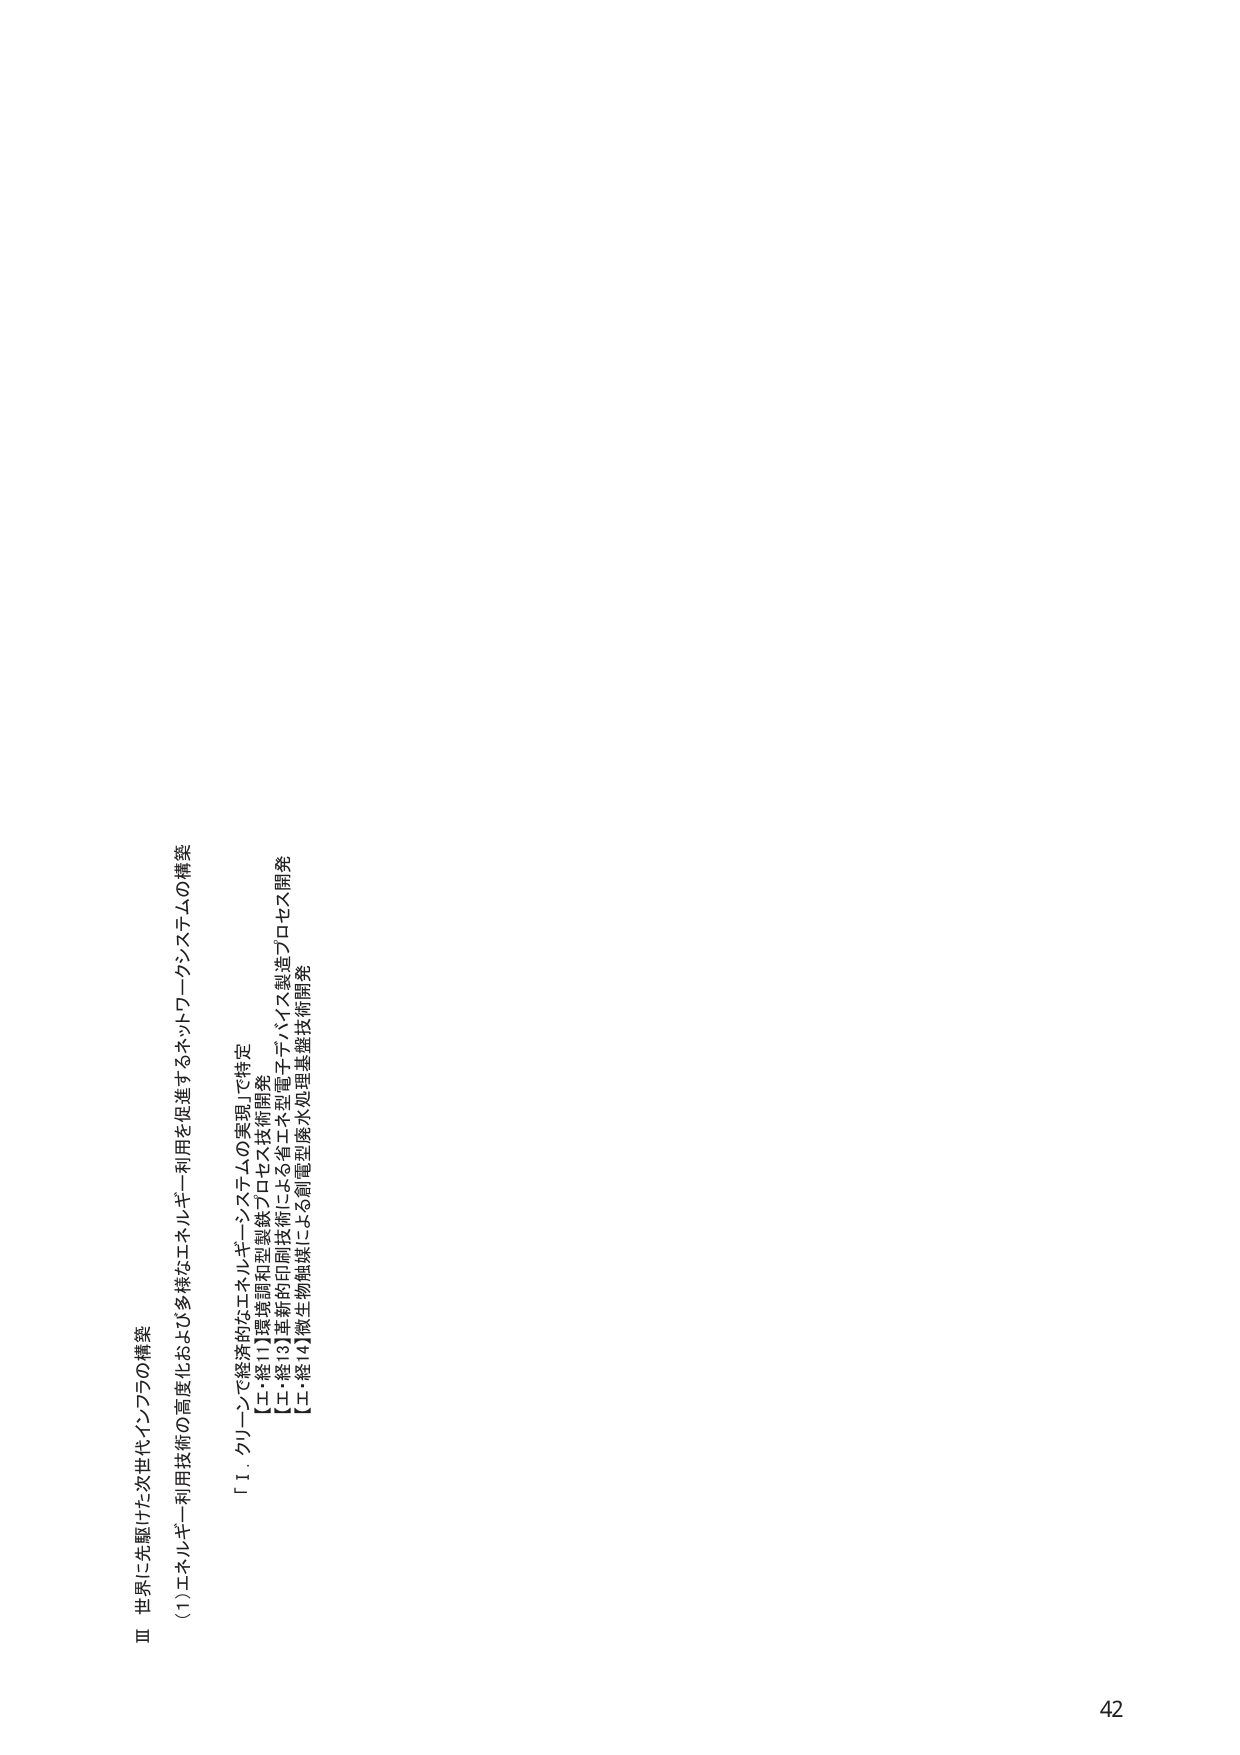
Ⅲ 世界に先駆けた次世代インフラの構築
(1) エネルギー利用技術の高度化および多様なエネルギー利用を促進するネットワークシステムの構築

「1. グリーンで経済的なエネルギー・システムの実現」で特定
【工・経1】環境調和型製鉄プロセス技術開発
【工・経3】革新的印刷技術による省エネ型電子デバイス製造プロセス開発
【工・経4】微生物触媒による創電型廃水処理基盤技術開発

42